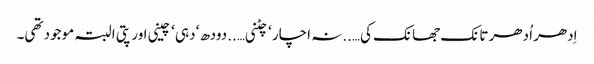
اِدھر اُدھر تانک جھانک کی…..نہ اچار ‘ چٹنی…..دودھ ‘ دہی ‘ چینی اور پتی البتہ موجود تھی۔